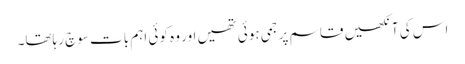
اس کی آنکھیں قاسم پر جمی ہوئی تھیں اور وہ کوئی اہم بات سوچ رہاتھا۔